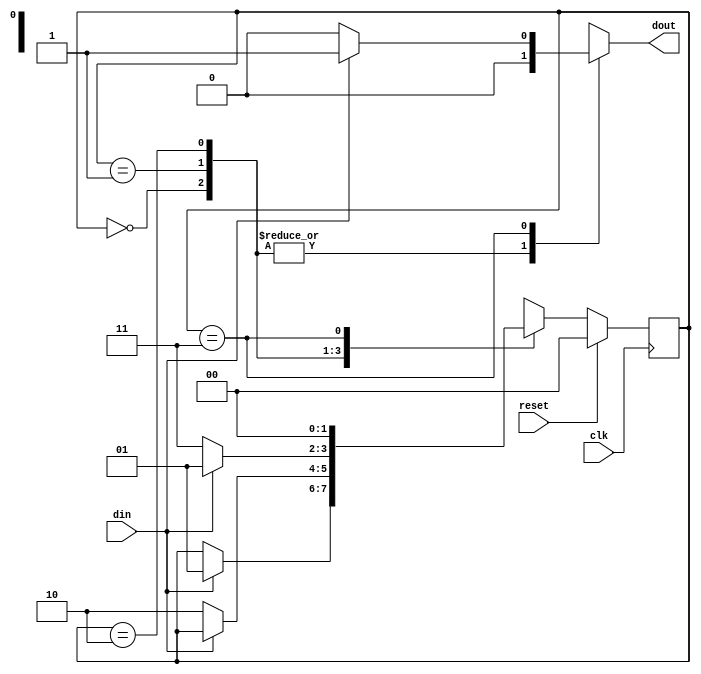
`timescale 1ns / 1ps

module mealy_non_overlapping(
    input din, clk, reset,
    output reg dout
);
    
    reg [1:0] current_state, next_state;
    
    parameter s0 = 2'b00;
    parameter s1 = 2'b01;
    parameter s2 = 2'b10;
    parameter s3 = 2'b11;
        
    always @(posedge clk) begin
        if (reset == 1) begin
            current_state <= s0;
        end else begin
            current_state <= next_state;
        end
    end
    
    always @(din or current_state) begin
        case (current_state)
            s0: if (din == 1) begin
                next_state = s1;
                dout = 1'b0; end
                else begin
                next_state = current_state;
                dout = 1'b0; end
                
            s1: if (din == 0) begin
                next_state = s2;
                dout = 1'b0; end
                else begin
                next_state = current_state;
                dout = 1'b0; end	 
                 
            s2: if (din == 0) begin
                next_state = s3;
                dout = 1'b0; end
                else begin
                next_state = s1;
                dout = 1'b0; end
            
            s3: if (din == 1) begin
                next_state = s0;
                dout = 1'b1; end
                else begin
                next_state = s0;
                dout = 1'b0; end	 
                 
            default: next_state = s0;
        endcase
    end
endmodule